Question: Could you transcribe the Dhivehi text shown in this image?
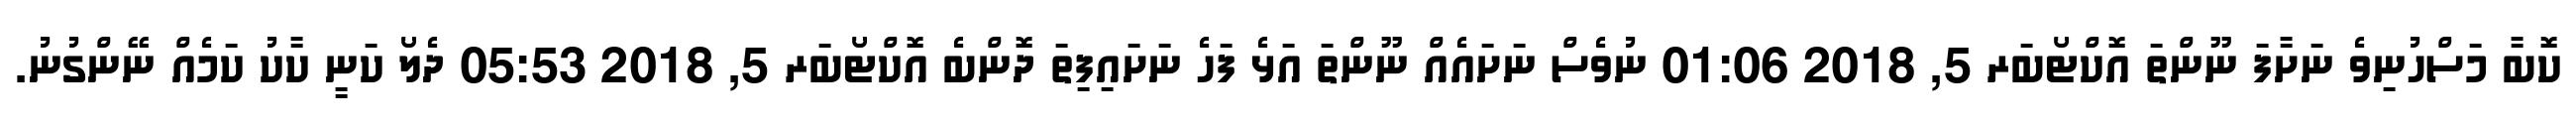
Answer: ކޮބާ މަސްހުނިވެ ނަށާފަ ނޫންތަ އޮކްޓޯބަރ 5, 2018 01:06 ނުވެސް ނަށައެއް ނޫންތަ އަޅެ ފަހެ ނަށައިފިތަ ދޮންބެ އޮކްޓޯބަރ 5, 2018 05:53 ދެލޯ ކަނީ ކާކު ކަމެއް ނޭންގުނު.